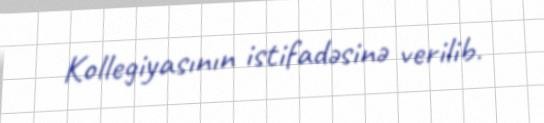
Kollegiyasının istifadəsinə verilib.